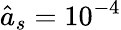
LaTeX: \hat{a}_{s}=10^{-4}